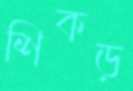
শিকড়